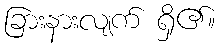
ခြားနားလျက် ရှိ၏။